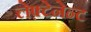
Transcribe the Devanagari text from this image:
लेफ़्टेनेन्ट